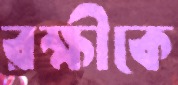
রক্ষীকে